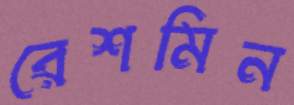
রেশমিন